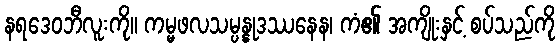
နရဒေဝဘီလူးကို။ ကမ္မဖလသမ္ပန္နုဒဿနေန၊ ကံ၏ အကျိုးနှင့် စပ်သည်ကို